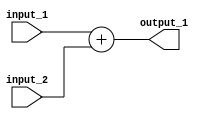

module adder (
    // ports
    output_1,
    input_1,
    input_2
);

    // 8 bits inputs outputs
    input [7:0] input_1, input_2; //[7:0]
    output [7:0] output_1;
    /* is this how it works...? */
    // always @(*) begin
        assign output_1 = input_1 + input_2;
    // end
    
endmodule